Vaccination in Bombay 1869-1873 - 1869-1873
Year: 1869
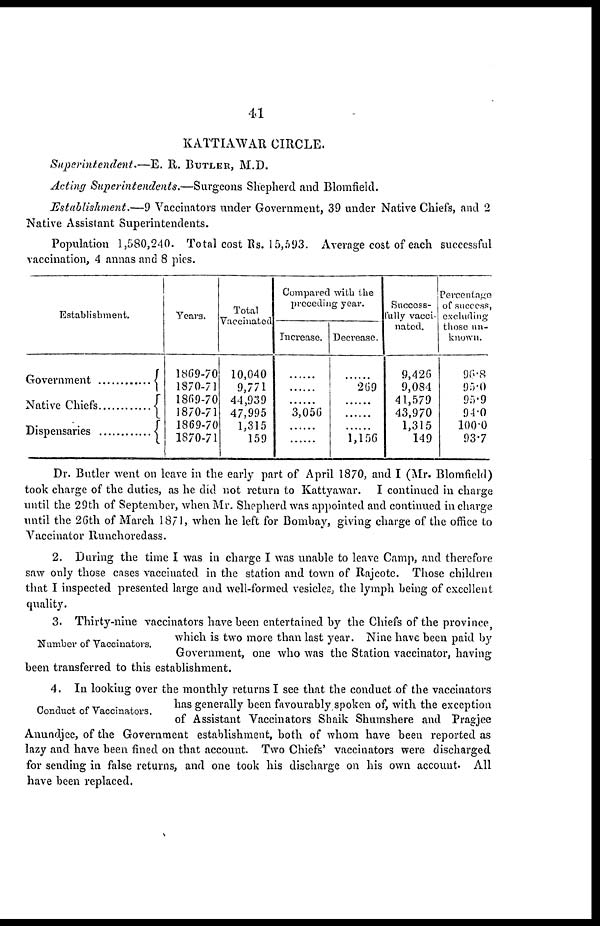
41
KATTIAWAR CIRCLE.
Superintendent.—E.
R. BUTLER, M.D.
Acting Superintendents.—Surgeons
Shepherd and Blomfield.
Establishment.—9 Vaccinators under Government, 39 under Native Chiefs, and 2
Native Assistant Superintendents.
Population 1,580,240. Total cost Rs. 15,593. Average cost of each successful
vaccination, 4 annas and 8 pies.
Establishment.
Government ...............
Native Chiefs
Dispensaries .............
Years.
1869-70
1870-71
1869-70
1870-71
1869-70
1870-71
Total
Vaccinated.
10,040
9,771
44,939
47,995
1,315
159
Compared with the
preceding year.
Increase.
......
......
......
3,056
......
......
Decrease.
......
269
......
......
......
1,156
Success-
fully vacci-
nated.
9,426
9,084
41,579
43,970
1,315
149
Percentage
of success,
excluding
those un-
known.
96.8
95.0
95.9
94.0
100.0
93.7
Dr. Butler went on leave in the early part of April 1870, and I (Mr. Blomfield)
took charge of the duties, as he did not return to Kattyawar. I continued in charge
until the 29th of September, when Mr. Shepherd was appointed and continued in charge
until the 26th of March 1871, when he left for Bombay, giving charge of the office to
Vaccinator Runchoredass.
2. During the time I was in charge I was unable to leave Camp, and therefore
saw only those cases vaccinated in the station and town of Rajcote. Those children
that I inspected presented large and well-formed vesicles, the lymph being of excellent
quality.
Number of Vaccinators.
3. Thirty-nine vaccinators have been entertained by the Chiefs of the province,
which is two more than last year. Nine have been paid by
Government, one who was the Station vaccinator, having
been transferred to this establishment.
Conduct of Vaccinators.
4. In looking over the monthly returns I see that the conduct of the vaccinators
has generally been favourably spoken of, with the exception
of Assistant Vaccinators Shaik Shumshere and Pragjee
Anundjee, of the Government establishment, both of whom have been reported as
lazy and have been fined on that account. Two Chiefs' vaccinators were discharged
for sending in false returns, and one took his discharge on his own account. All
have been replaced.